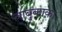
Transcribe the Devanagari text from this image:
बाबुकाका